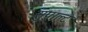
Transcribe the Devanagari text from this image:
सुपाल्ट